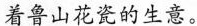
着鲁山花瓷的生意。